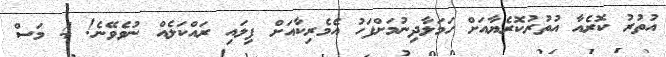
އުތުރު ކޮރެއާ އުތުރުކޮރެޔާއަށް ހަމަލާދިނުމަށްފަހު އެމެރިކާއަށް ފިލައި ރައްކަލެއް ނުވެވޭނެ! 4 މަސް